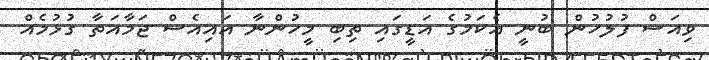
ވިއަސް ފުލުހުން ބުނީ އެކަމުގެ އަޑީގައި ތިބި މީހުންނާ އައިއެސް ޖަމާއަތާ ގުޅުމެއް